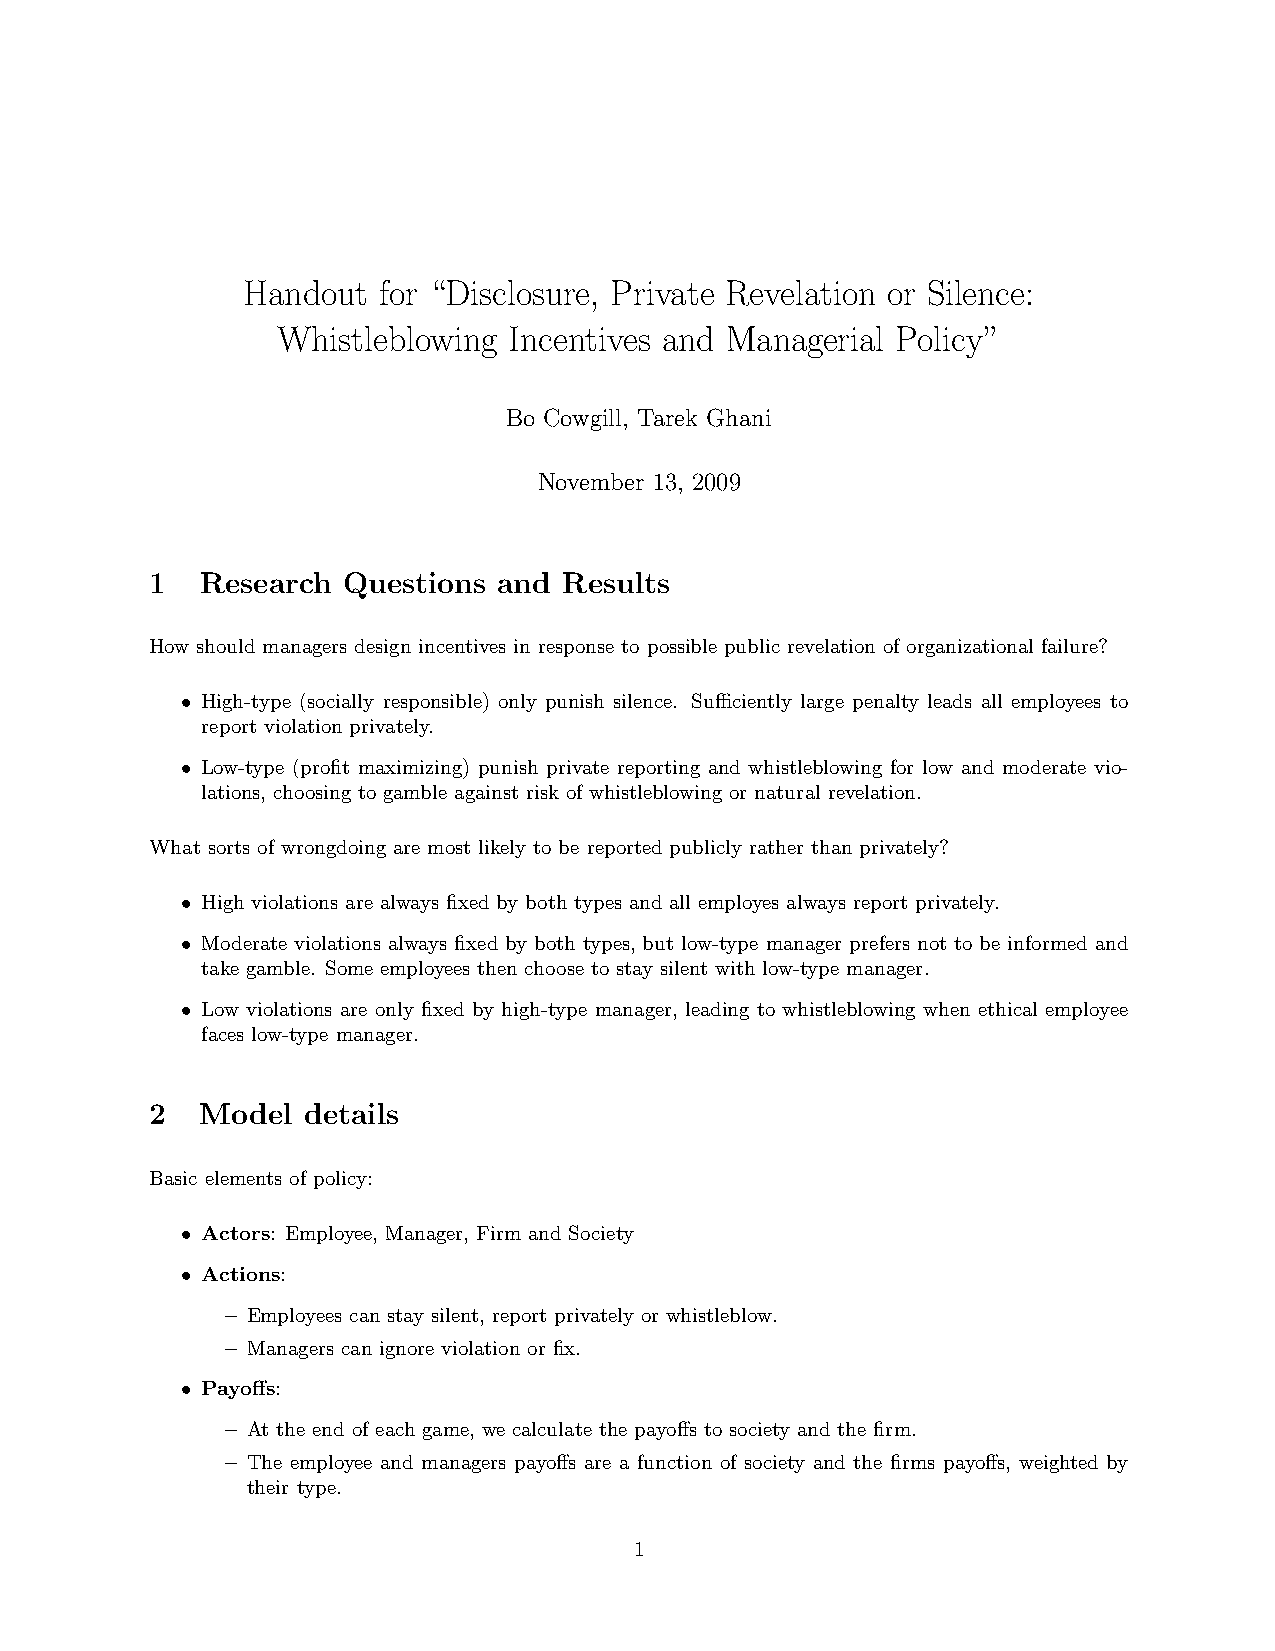
Handout  for “Disclosure, Private Revelation or Silence:
 Whistleblowing  Incentives and Managerial Policy”
 Bo Cowgill, Tarek Ghani
 November 13, 2009
 1  Research  Questions and Results
 How should managers design incentives in response to possible public revelation of organizational failure?
 • High-type (socially responsible) only punish silence. Sufficiently large penalty leads all employees to
 report violation privately.
 • Low-type (profit maximizing) punish private reporting and whistleblowing for low and moderate vio-
 lations, choosing to gamble against risk of whistleblowing or natural revelation.
 What sorts of wrongdoing are most likely to be reported publicly rather than privately?
 • High violations are always fixed by both types and all employes always report privately.
 • Moderate violations always fixed by both types, but low-type manager prefers not to be informed and
 take gamble. Some employees then choose to stay silent with low-type manager.
 • Low violations are only fixed by high-type manager, leading to whistleblowing when ethical employee
 faces low-type manager.
 2  Model  details
 Basic elements of policy:
 • Actors: Employee, Manager, Firm and Society
 • Actions:
 – Employees can stay silent, report privately or whistleblow.
 – Managers can ignore violation or fix.
 • Payoffs:
 – At the end of each game, we calculate the payoffs to society and the firm.
 – The employee and managers payoffs are a function of society and the firms payoffs, weighted by
 their type.
 1